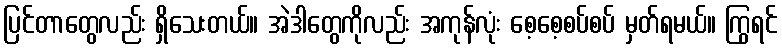
ပြင်တာတွေလည်း ရှိသေးတယ်။ အဲဒါတွေကိုလည်း အကုန်လုံး စေ့စေ့စပ်စပ် မှတ်ရမယ်။ ကြွရင်